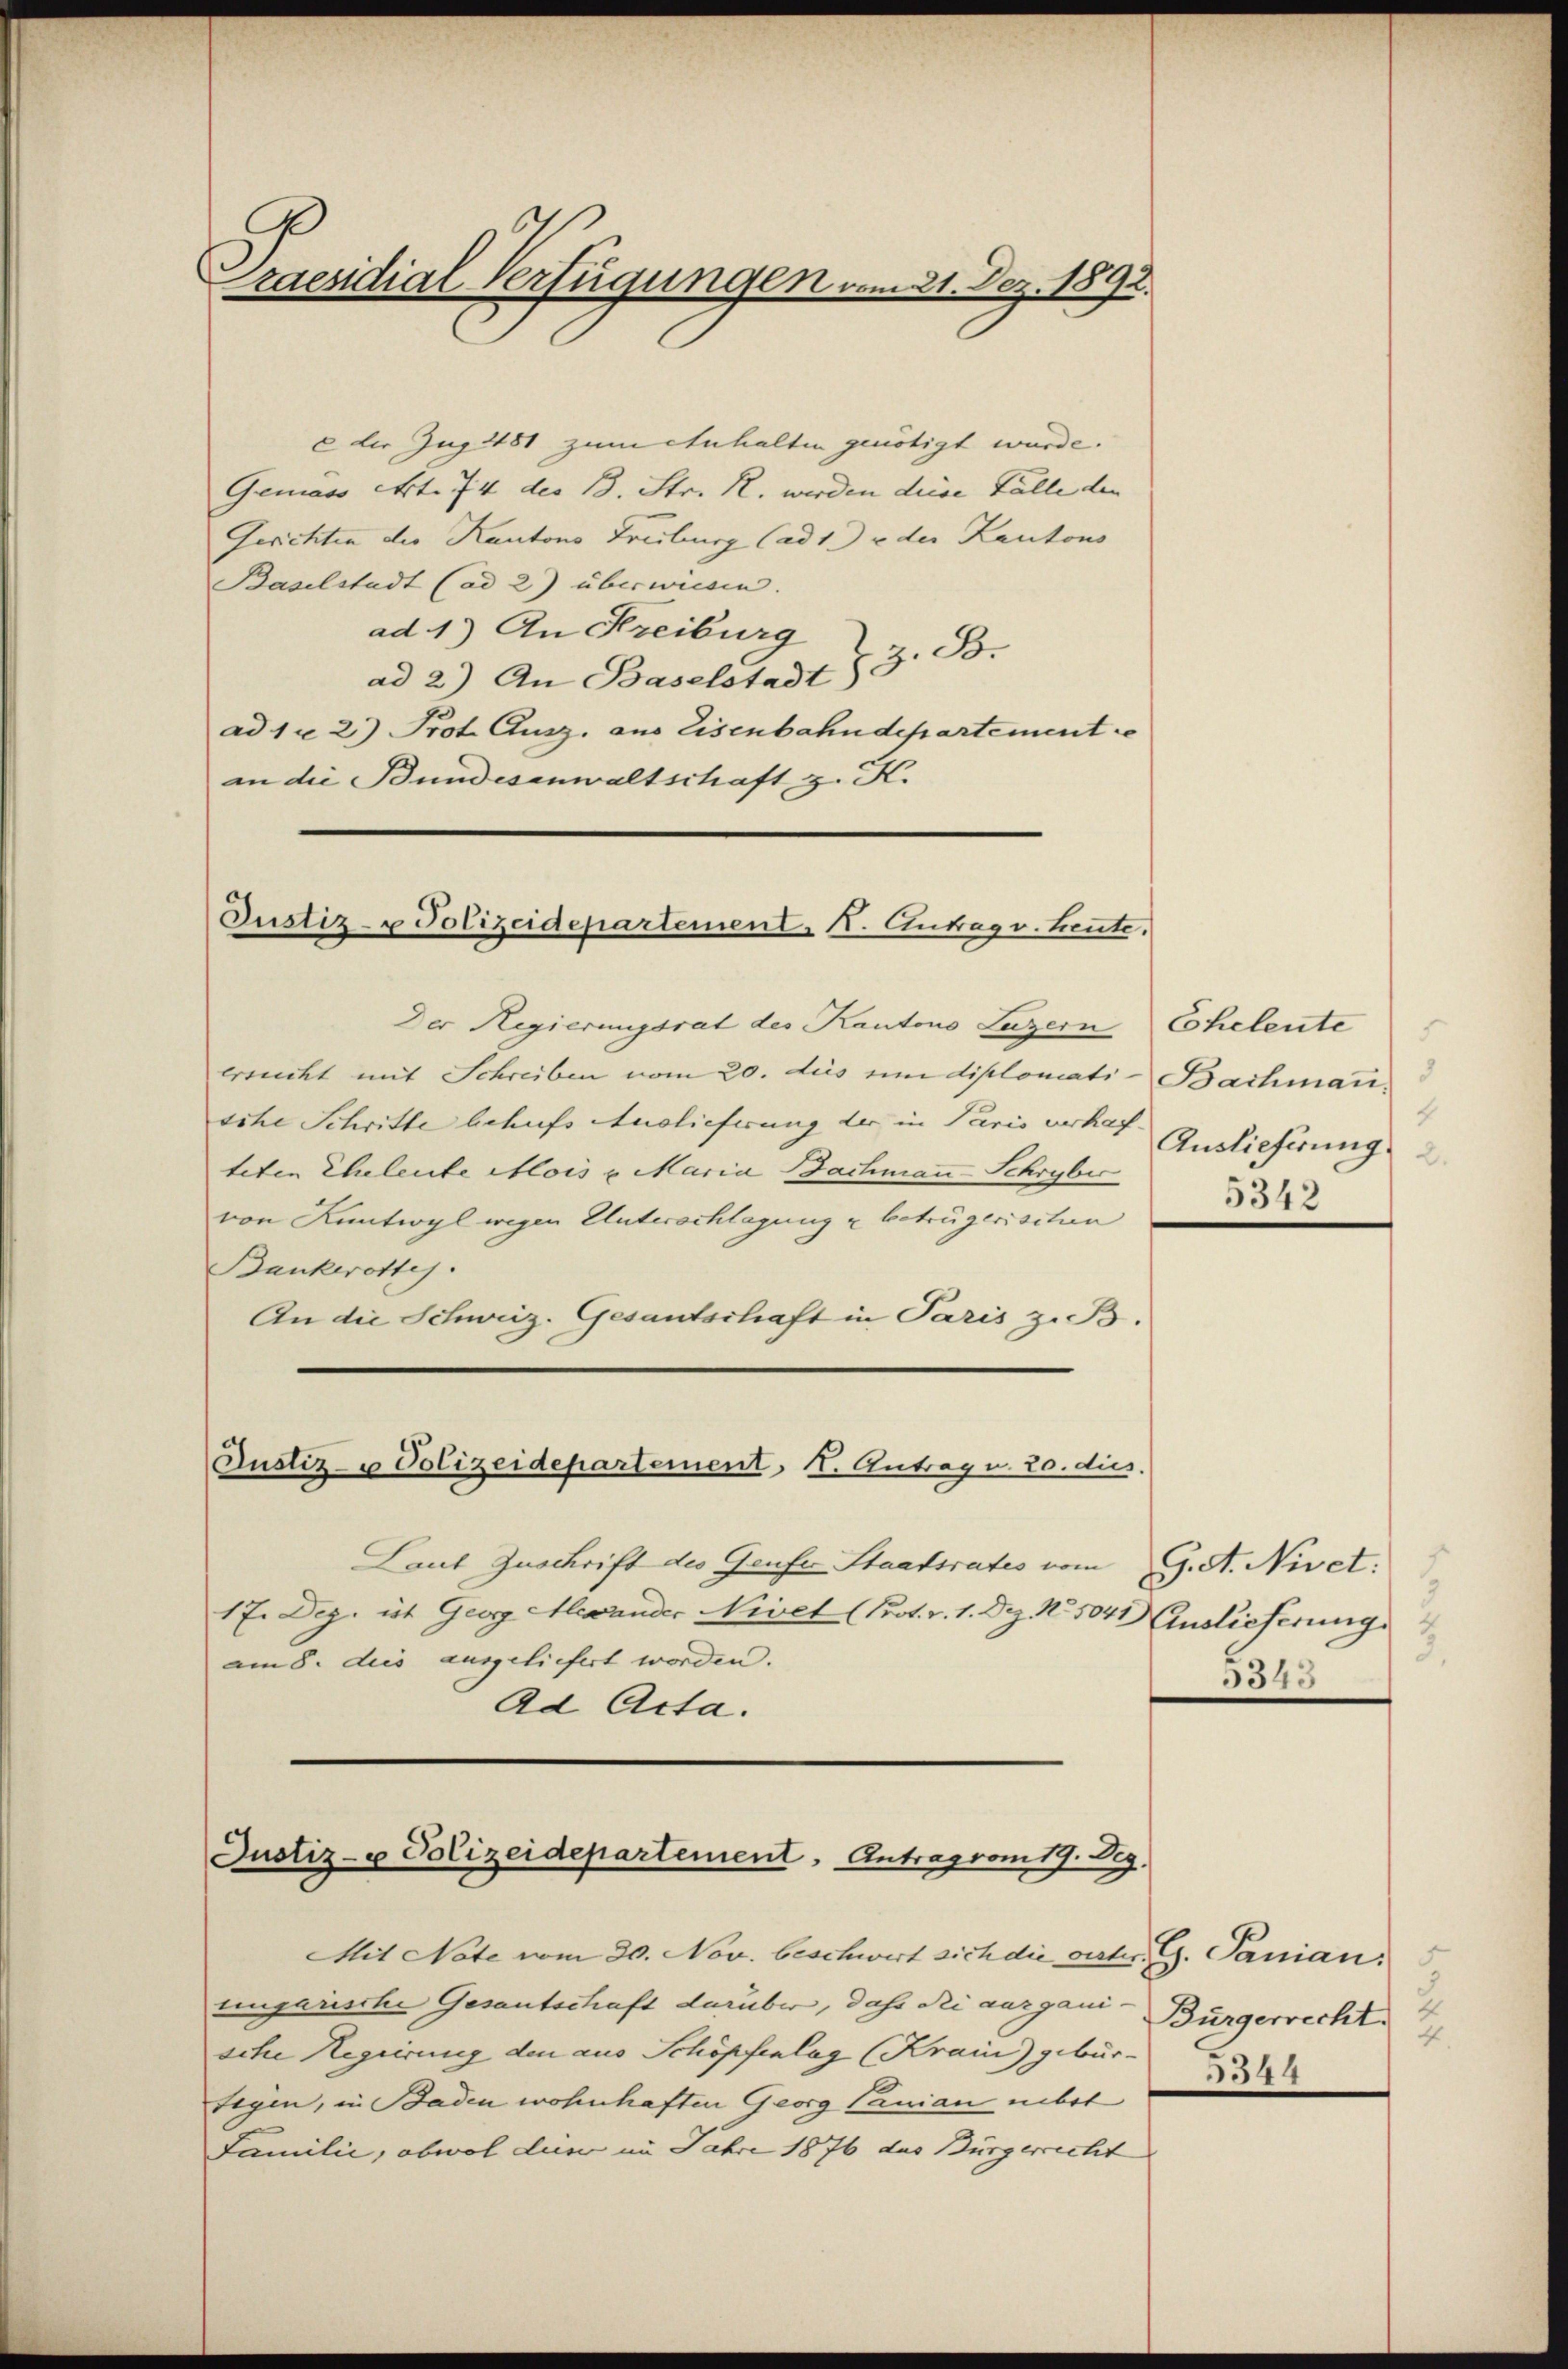
Praesidial-Verfügungen vom 21. Dez. 1892.

cder Zug 481 zum Anhalten genötigt würde.
Gemäss Art. 74 des 13. Str. R. werden diese Fälle den
Gerichten des Kantons Freiburg (ad 1. u der Kantons
Baselstadt (ad 2) überwiesen.
ad 1) An Freiburg
z. B.
ad 2) An Baselstadt)
ad 1 u 2) Prot. Ausz. aus Eisenbahndepartement re
an die Bundesanwaltschaft z. K.

Justiz- u Polizeidepartement. N. Antrag v. heute.

Der Regierungsrat des Kantons Luzern Coheleute
ersucht mit Schreiben vom 20. des um diplomati-Bachmann
sche Schritte behufs Auslieferung der in Paris urhef Auslieferung
teten Eheleute Alois u. Maria Bachmann Schryber
von Kuntwyl wegen Unterschlagung u betrügerischen
Bankerottes.
An die Schweiz. Gesantschaft in Paris z. B.
Justiz- u Polizeidepartement, K. Antrag u. 20. dies
Laut Zuschrift des Genfer Staatsrates vom 9. A. Nivet.
17. Dez. ist Georg Mewander Nivet (Prot. v. 1. Dez. No. 504 Auslieferung
am 8. des ausgeliefert worden.
Ad Acta.

Justiz- u Polizeidepartement. Antrag vom 19. Dez.

Mit Note vom 20. Nov. beschwert sich die oester. G. Sanian
ungarische Gesantschaft darüber, dass die aarganische Regierung den aus Schöpfenlag (Krain gebür-
segen, in Baden wohnhaften Georg Vanian nebst
Familie, obwol due im Jahre 1876 das Bürgerrecht

4
5342

5.
554.

Bürgerrecht.
4.